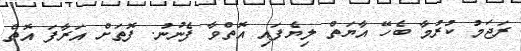
ރަޖަމު ކުރުމާ ބެހޭ އާޔަތް ލިޔެފައި އޮތްވާ ފެނުނު. ފޮތަށް އަރާފަ އޮތް